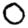
Digit: 0